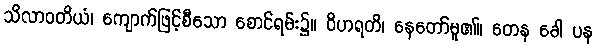
သိလာဝတိယံ၊ ကျောက်ဖြင့်စီသော စောင်ရမ်း၌။ ဝိဟရတိ၊ နေတော်မူ၏။ တေန ခေါ ပန